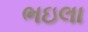
ભઇલા